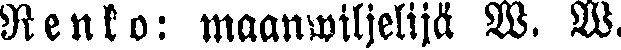
Renko: maanwiljelijä W. W.